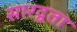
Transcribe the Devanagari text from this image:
सारद्वता